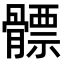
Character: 𩪊